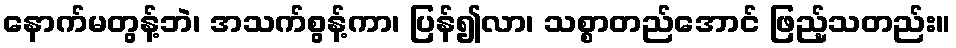
နောက်မတွန့်ဘဲ၊ အသက်စွန့်ကာ၊ ပြန်၍လာ၊ သစ္စာတည်အောင် ဖြည့်သတည်း။